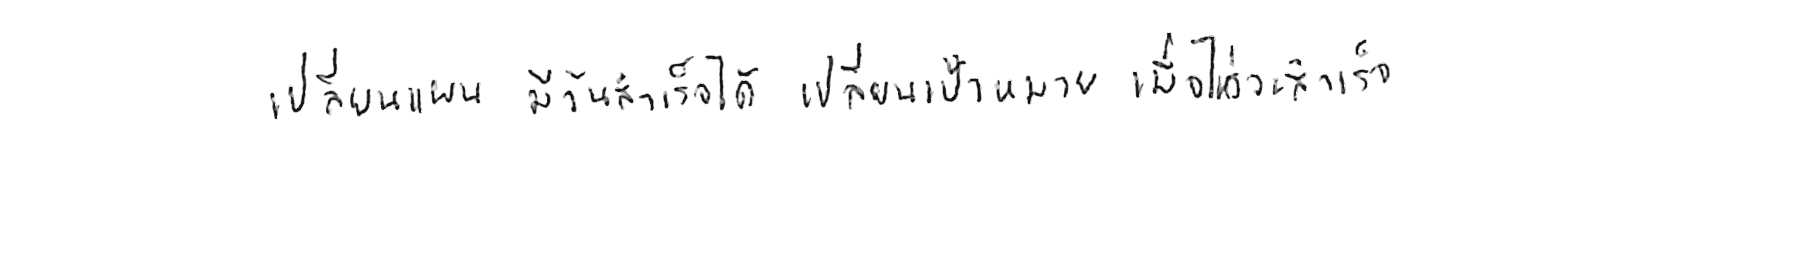
เปลี่ยนแผน มีวันสำเร็จได้ เปลี่ยนเป้าหมาย เมื่อไหร่จะสำเร็จ